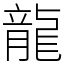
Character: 龍